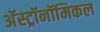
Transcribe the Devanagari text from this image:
अॅस्ट्रॉनॉमिकल